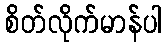
စိတ်လိုက်မာန်ပါ